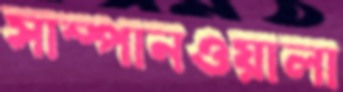
সাম্পানওয়ালা